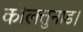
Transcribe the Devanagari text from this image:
कोलत्तुनाड।